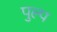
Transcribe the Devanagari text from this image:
पुल्प